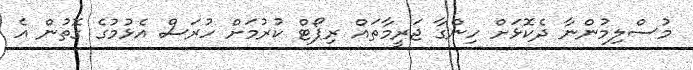
މުސްލިމުންނާ ދެކޮޅަށް ހިންގާ ޖަރީމާތައް ރިޕޯޓް ކުރުމަށް ހުރަސް އެޅުމުގެ ގޮތުން އެ